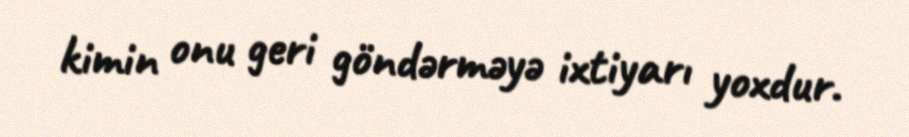
kimin onu geri göndərməyə ixtiyarı yoxdur.